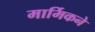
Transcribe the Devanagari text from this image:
मार्मिकने